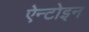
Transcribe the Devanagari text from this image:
ऐन्टोइन